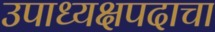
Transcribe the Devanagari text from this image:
उपाध्यक्षपदाचा